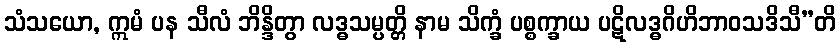
သံသယော, ဣမံ ပန သီလံ ဘိန္ဒိတွာ လဒ္ဓသမ္ပတ္တိ နာမ သိက္ခံ ပစ္စက္ခာယ ပဋိလဒ္ဓဂိဟိဘာဝသဒိသီ”တိ